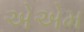
એએમ